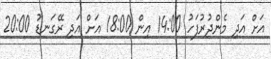
އަށް އަދި މެންދުރުފަހު 14:00 އިން 18:00 އަށް އަދި ރޭގަނޑު 20:00